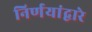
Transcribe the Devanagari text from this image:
निर्णयांद्वारे